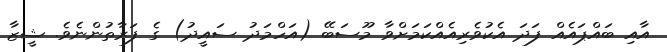
އާއި ބައްޕައެއް ފަދަ އެކުވެރިއެއްކަމަށްވާ މޫސަބޭ (އަހްމަދު ސައީދު) ގެ ފަރާތުންނެވެ. ޝީޒާ